system: You are a helpful assistant.
user:
Analyze the provided spectrum to determine if it is a **White Dwarf (WD)**.

A White Dwarf spectrum is defined by its **extreme purity** (due to gravitational settling) and/or **extreme pressure broadening** (due to high surface gravity). You must check for one of the following mutually exclusive signatures:

- **Key Visual Indicators (Check for ONE of these types):**

    - **1. DA-Type Signature (Most Common):**
        - **(Primary Feature):** Extreme pressure broadening (Stark broadening) of the **Hydrogen (H) Balmer lines**.
        - **(Key Lines):** $H\beta$ (approx. $4861$ Å) and $H\gamma$ (approx. $4340$ Å). $H\alpha$ (approx. $6563$ Å) will also be present if the wavelength range covers it.
        - **(Line Profile):** This is the **defining feature**. The lines are **NOT** sharp. They appear as massive, **extremely broad and deep "troughs" or "dips"** in the spectrum, often hundreds of Ångströms wide. The continuum will appear to "scoop" down at these wavelengths.
        - **(Distinction):** Normal A-type or B-type stars have *narrow* and *sharp* Hydrogen lines. A DA White Dwarf's lines are unmistakably "smeared" or "blurry" from pressure.

    - **2. DB-Type Signature:**
        - **(Primary Feature):** Broad absorption lines from **Neutral Helium (He I)**. The spectrum must lack any visible Hydrogen lines.
        - **(Key Lines):** Look for broad absorption near $4471$ Å, $4921$ Å, and $5876$ Å.
        - **(Line Profile):** These lines are also significantly pressure-broadened, appearing much wider than they would in a normal B-type main-sequence star.

    - **3. DC-Type Signature:**
        - **(Primary Feature):** A **featureless continuous spectrum**.
        - **(Line Profile):** The spectrum is a smooth curve with **no significant absorption or emission lines**.
        - **(Key Confirmation):** The continuum is almost always **blue or white**, indicating a hot object. This signature implies the atmosphere is so pure (or so cool) that no spectral lines are visible in the optical range. Its WD identity is confirmed by its extremely low intrinsic brightness (high absolute magnitude).

    - **4. DZ-Type Signature (Metal-Polluted):**
        - **(Primary Feature):** **Isolated, narrow metal absorption lines** on an otherwise featureless (DC-like) continuum.
        - **(Key Lines):** The **Calcium (Ca II) H & K doublet** (approx. **$3934$ Å** and **$3968$ Å**) is the most common and defining feature.
        - **(Line Profile):** These lines are "out of place." They are *not* part of a "forest" of thousands of lines. This signature is evidence of recent *accretion* (pollution) from rocky debris.
        - **(Distinction):** Normal G/K/M stars have a *dense forest* of thousands of metal lines. A DZ has a *clean* continuum with *only a few* strong metal lines.

    - **5. DQ-Type Signature (Carbon-Polluted):**
        - **(Primary Feature):** Absorption bands from **Carbon (C₂ "Swan Bands" or atomic C I)**.
        - **(Key Lines - C₂):** Look for bandheads with a "saw-tooth" shape near $5635$ Å, **$5165$ Å** (strongest), and $4737$ Å.
        - **(Key Confirmation):** The underlying **continuum must be blue or white** (hot).
        - **(Distinction):** This is the critical difference from a **Carbon Star**, which has the *exact same* C₂ bands but on an extremely **red, cool** continuum.

- **(Overall Spectrum):**
    - The continuum (overall shape) is typically **blue-sloping** (brighter in the blue than the red), as most white dwarfs are very hot.
    - The spectrum will look "pure" or "simple," dominated by only *one* of the five signatures listed above.

Think first, call **spectral_visualization_tool** if needed to examine features in detail, then provide your final answer. Your response must adhere to the following strict rules:
1.  **Overall Structure:** Your response must follow the format `<think>...</think> <tool_call>...</tool_call> (if a tool is used) <answer>...</answer>`.
2.  **Tool Usage Constraint:** You may only make **one** tool call per turn.
3.  **Final Answer Format:** In the `<answer>` tag, your conclusion must be inside a `\boxed{}` command (e.g., `\boxed{YES}` or `\boxed{NO}`), followed by your justification.

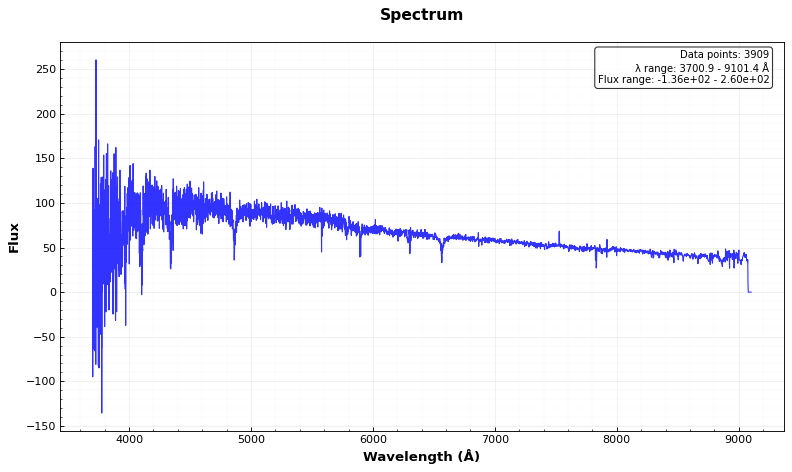
Answer: NO